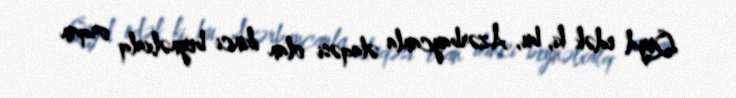
Qeyd edək ki, bu, Azərbaycanla əlaqəsi olan ikinci beynəlxalq orqan